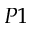
P 1